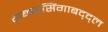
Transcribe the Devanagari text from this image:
गब्बरसिंगाबद्द्ल